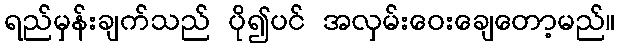
ရည်မှန်းချက်သည် ပို၍ပင် အလှမ်းဝေးချေတော့မည်။